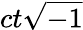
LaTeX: ct{\sqrt{-1}}